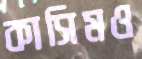
কাসিমও